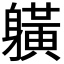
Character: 𨊇